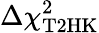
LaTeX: \Delta\chi_{\mathrm{T2HK}}^{2}